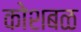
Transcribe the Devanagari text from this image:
कोशबळ